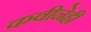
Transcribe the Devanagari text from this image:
कवीनेही